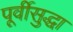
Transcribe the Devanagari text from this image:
पूर्वीसुद्धा